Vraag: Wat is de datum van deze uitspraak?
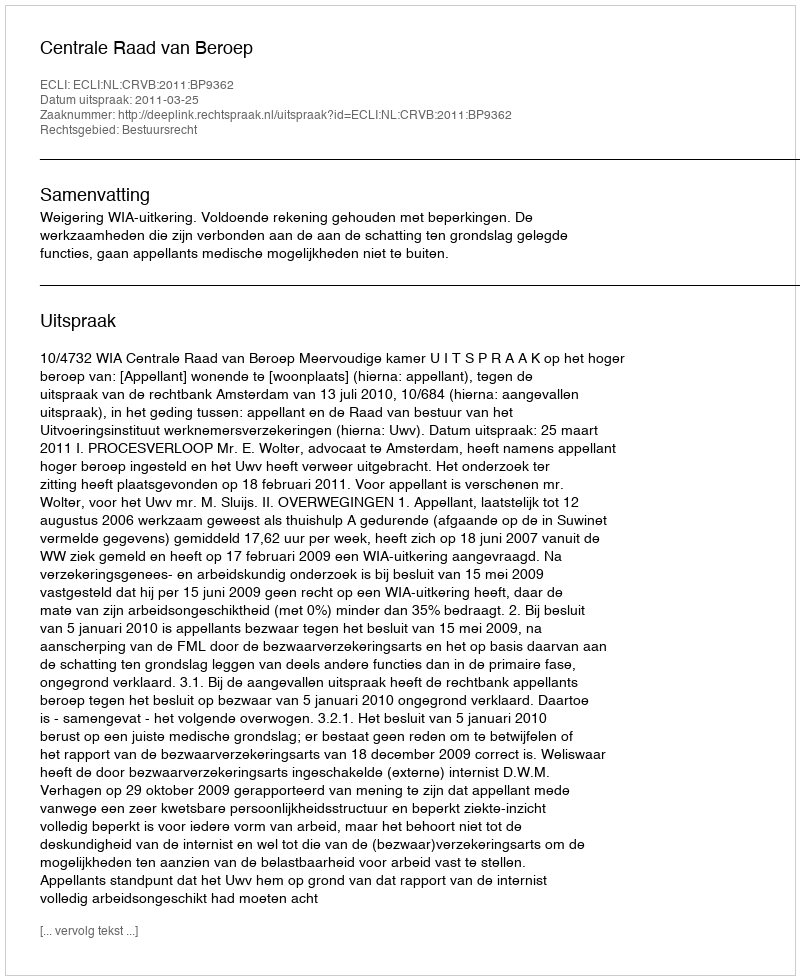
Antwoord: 2011-03-25